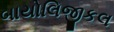
બાયોલિજીકલ